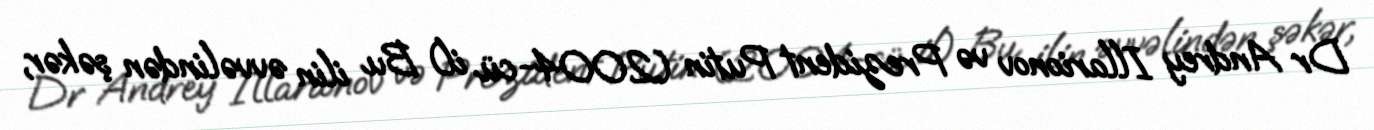
Dr Andrey Illarionov və Prezident Putin (2004-cü il) Bu ilin əvvəlindən şəkər,